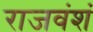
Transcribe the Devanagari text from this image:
राजवंशं